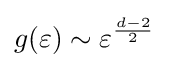
g(\varepsilon )\sim \varepsilon ^{\frac {d-2}{2}}